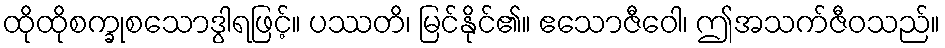
ထိုထိုစက္ခုစသောဒွါရဖြင့်။ ပဿတိ၊ မြင်နိုင်၏။ ဧသောဇီဝေါ၊ ဤအသက်ဇီဝသည်။